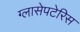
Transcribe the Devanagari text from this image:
ग्लासेपटेरिस